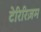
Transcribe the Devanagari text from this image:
टेरिरिज़म